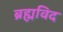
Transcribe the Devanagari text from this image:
ब्रह्मविद